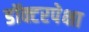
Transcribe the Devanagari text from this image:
डॉक्टरपेक्षा